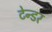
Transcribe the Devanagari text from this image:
टेन्‍डर